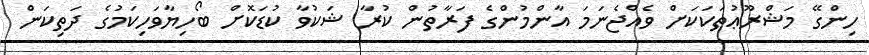
ހިންގޭ މަޝްރޫޢުތަކަކަށް ވެއްޖެނަމަ އާންމުންގެ ފަރާތުން ކުރާ ޝަކުވާ ކުޑަކޮށް ބޯހިޔާވަހިކަމުގެ ދަތިކަން